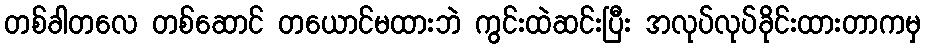
တစ်ခါတလေ တစ်ဆောင် တယောင်မထားဘဲ ကွင်းထဲဆင်းပြီး အလုပ်လုပ်ခိုင်းထားတာကမှ